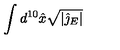
\int d ^ { 1 0 } \hat { x } \sqrt { | \hat { \jmath } _ { E } | }